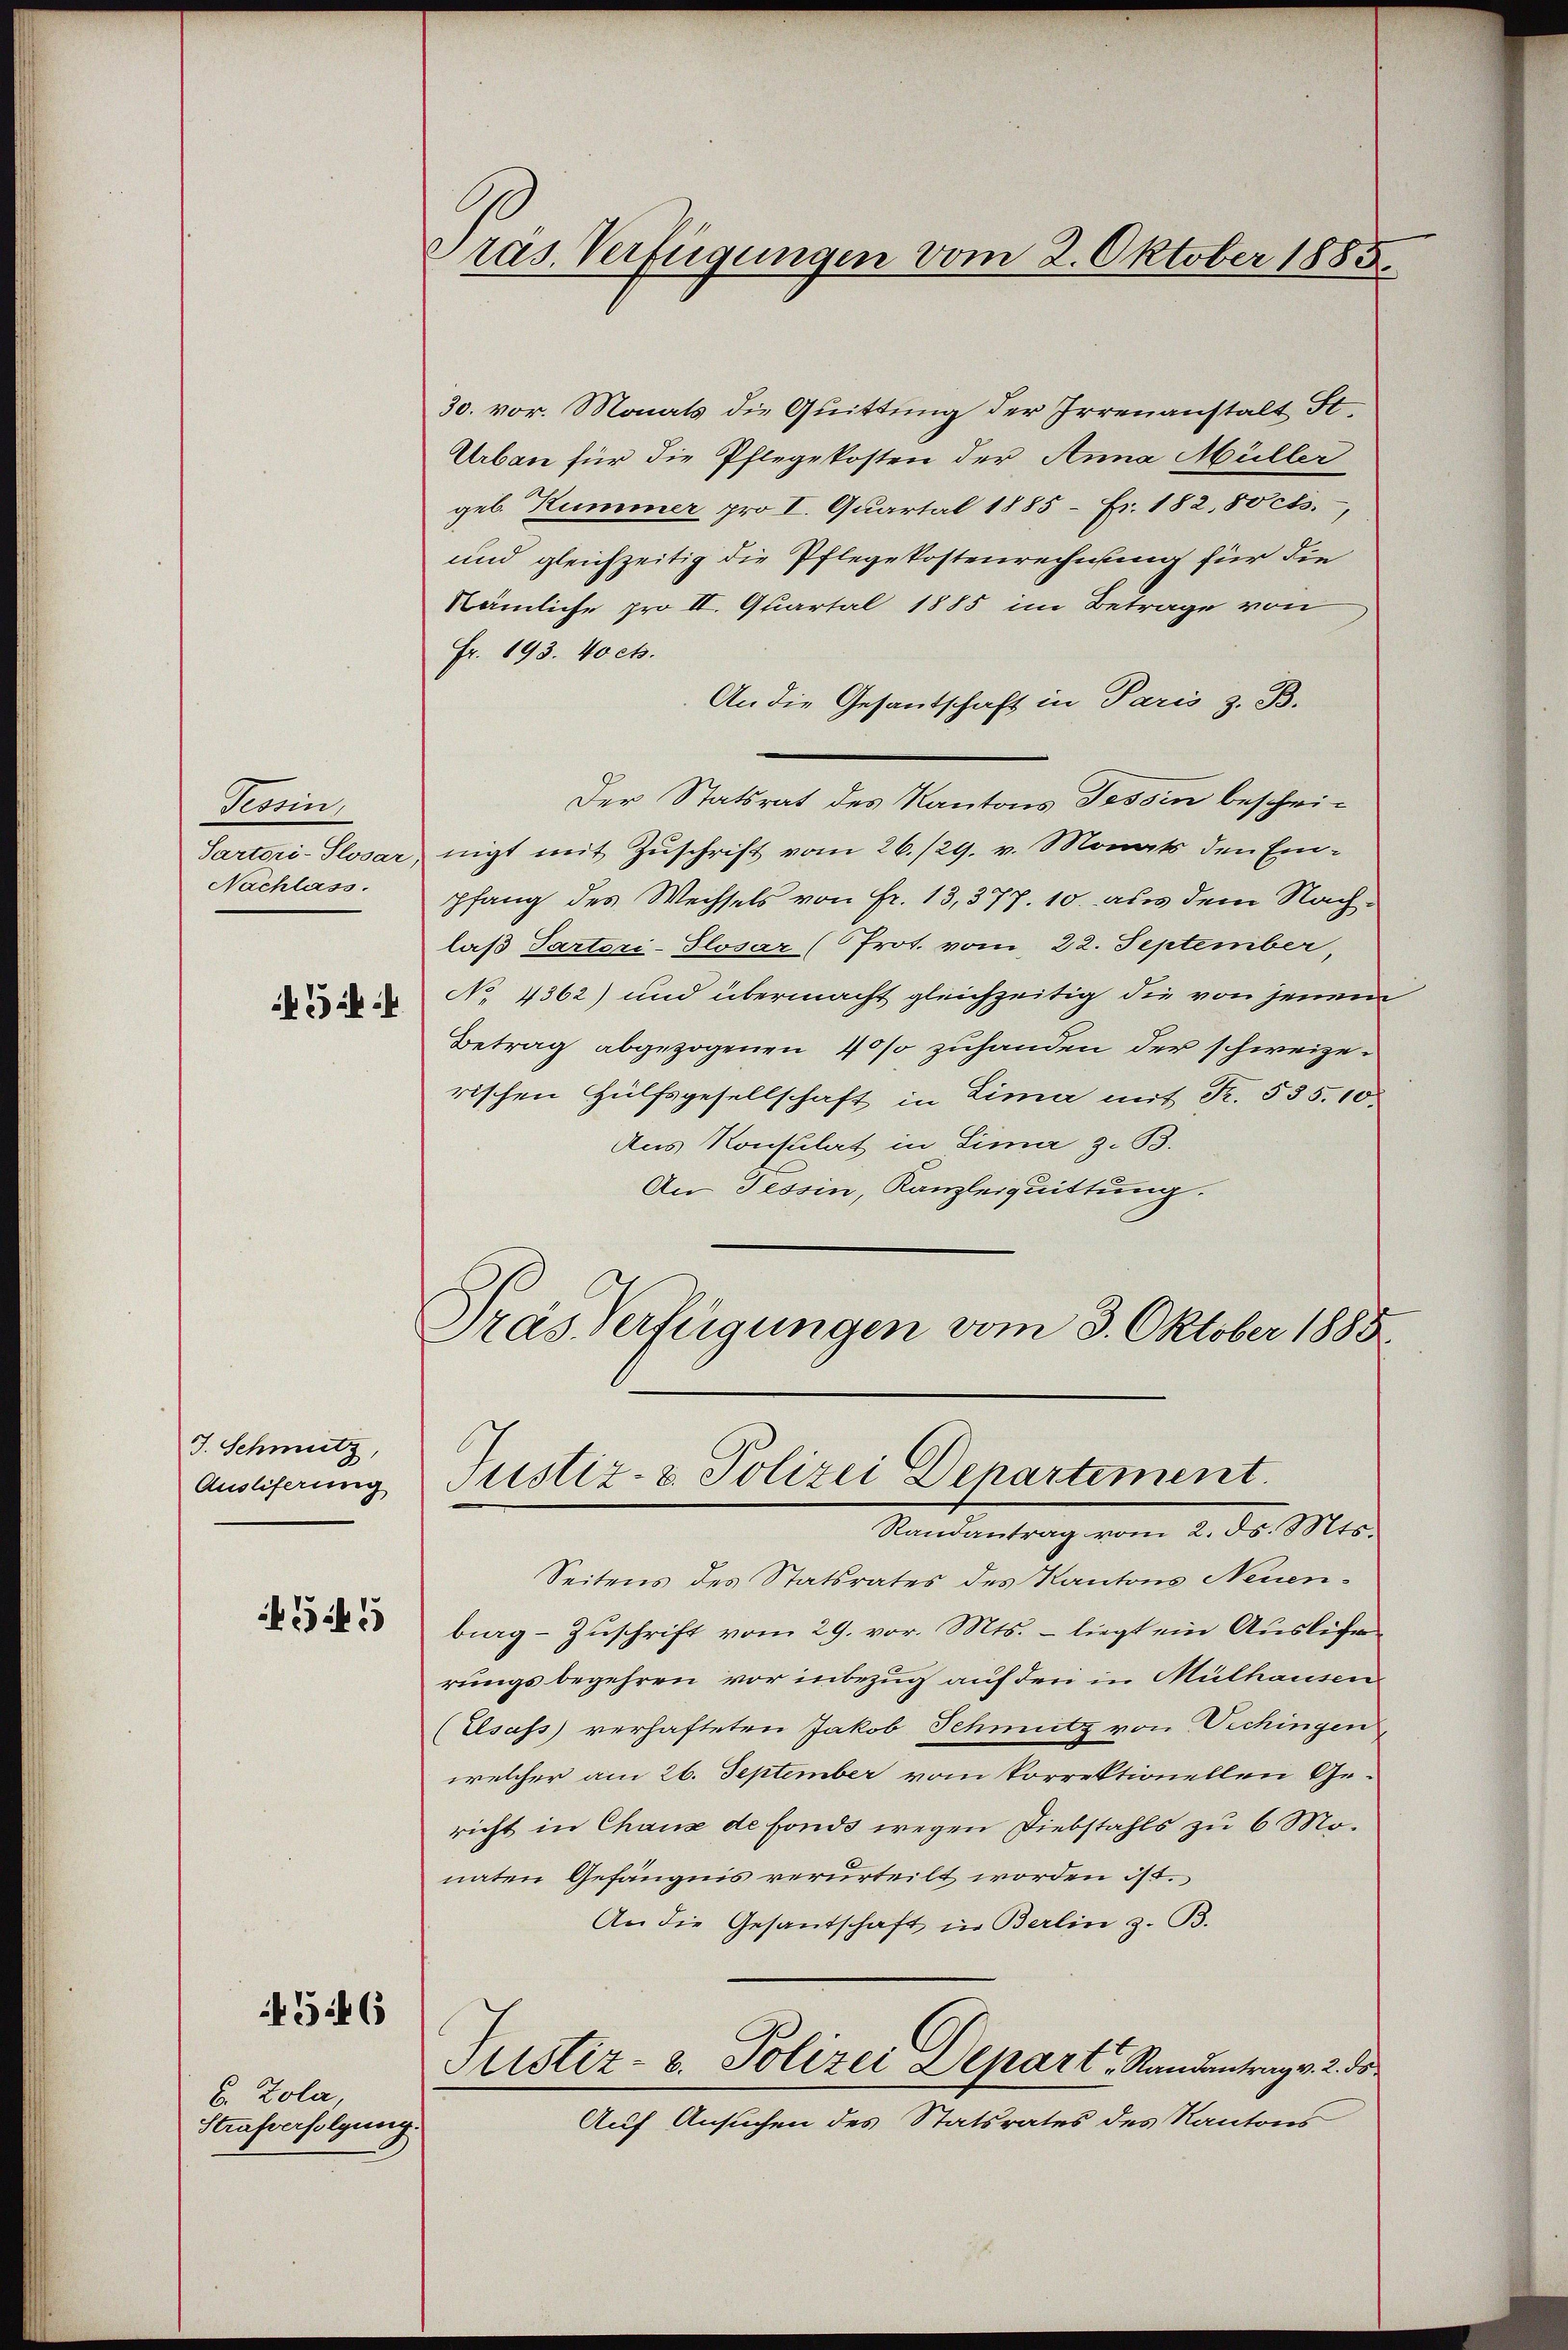
Serien,
Nachlass.

J. Schmutz,
Ausliferung

G.45

546

u. Zola,
Strafverfolgung

Pras. Verfügungen vom 2. Oktober 1885.

30. vor. Monats die Quittung der Irrenanstalt St.
Urban für die Pflegekosten der Anna Müller
geb. Hummer pro I. Quartal 1885 - Fr. 182, 80 cts.,
und gleichzeitig die Pflegekostenrechnung für die
Nämliche pro II. Quartal 1885 im Betrage von
Fr. 193. 40 cts.
An die Gesantschaft in Paris z. B.
Der Statsrat des Kantons Tessin beschri¬
Sartori-Plosar, nicht mit Zŭschrift vom 26./29. v. Monats den Ein-
pfang des Wechsels von Fr. 13, 377. 10. aus dem Nachlaß Partori-Slosar (Prot. vom 22. September,
No 4362) und übermacht gleichzeitig die von jenem
Betrag abgezogenen 40% zuhanden der schweizerischen Hülfsgesellschaft in Lima mit Fr. 535.10.
Aus Konsulat in Sima z. B.
An Tessin, Kanzleiquittung.
Pras Verfügungen vom 3. Oktober 1885

Justiz- & Polizei Departement
Randantrag vom 2. ds. Mts.

Seitens des Statsrates des Kantons Neuenbig-Zŭschrift vom 29. vor. Mts. - liegt ein Auslese
rungsbegehren vor inbezug auf den in Mülhausen
(Elsass verhafteten Jakob Schmutz von Vichingen
welcher am 26. September vom Porrektionellen Gericht in Chaux de fonds wegen Diebstahls zu 6 Monaten Gefängnis verurteilt worden ist.
An die Gesandschaft in Berlin z. B.
Justiz- u. Polizei Depart Randentrag v. 2. ds
Auf Ansuchen des Statsrates des Kantons